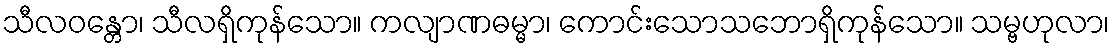
သီလဝန္တော၊ သီလရှိကုန်သော။ ကလျာဏဓမ္မာ၊ ကောင်းသောသဘောရှိကုန်သော။ သမ္ဗဟုလာ၊